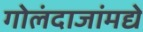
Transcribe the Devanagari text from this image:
गोलंदाजांमद्ये